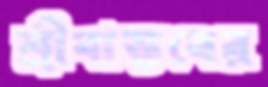
শ্রীবাস্তবের